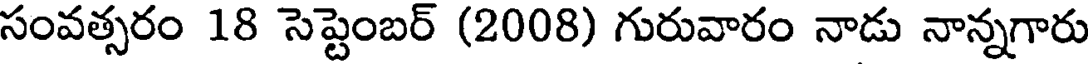
సంవత్సరం 18 సెప్టెంబర్ (2008) గురువారం నాడు నాన్నగారు